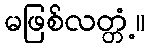
မဖြစ်လတ္တံ့။